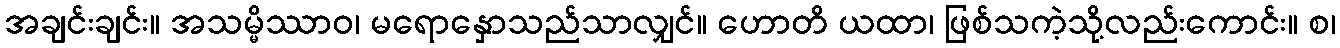
အချင်းချင်း။ အသမ္မိဿာဝ၊ မရောနှောသည်သာလျှင်။ ဟောတိ ယထာ၊ ဖြစ်သကဲ့သို့လည်းကောင်း။ စ၊